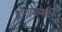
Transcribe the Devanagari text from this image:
राजकर्मणि